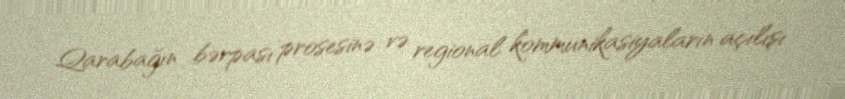
Qarabağın bərpası prosesinə və regional kommunikasiyaların açılışı